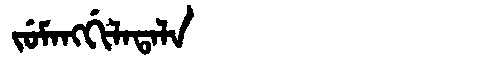
Manchu: ᠵᡠᠮᠠᠩᡤᡳᠯᠠᡨᠠᠯᠠ
Romanization: JUMANGGILATALA